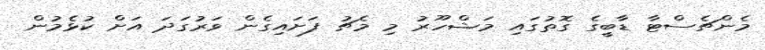
މެންޗެސްޓާ ޑާބީގެ ގޮތުގައި މަޝްހޫރު މި މެޗު ފަށައިގެން ވަރުގަދަ އަށް ކުޅެމުން